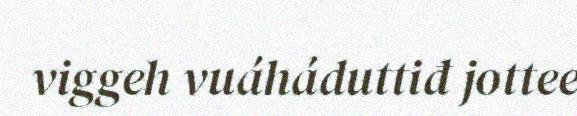
viggeh vuáháduttiđ jottee